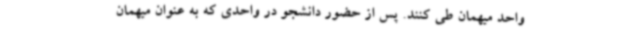
واحد میهمان طی کنند. پس از حضور دانشجو در واحدی که به عنوان میهمان